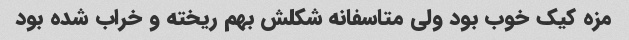
مزه کیک خوب بود ولی متاسفانه شکلش بهم ریخته و خراب شده بود